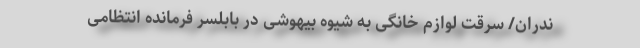
ندران/ سرقت لوازم خانگی به شیوه بیهوشی در بابلسر فرمانده انتظامی